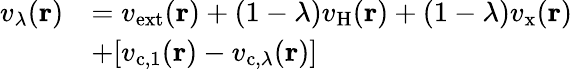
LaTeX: \begin{array}{rl}{v_{\lambda}(\mathbf{r})}&{=v_{\mathrm{ext}}(\mathbf{r})+(1-\lambda)v_{\mathrm{H}}(\mathbf{r})+(1-\lambda)v_{\mathrm{x}}(\mathbf{r})}\\ &{+\lbrack v_{\mathrm{c},1}(\mathbf{r})-v_{\mathrm{c},\lambda}(\mathbf{r})\rbrack}\end{array}